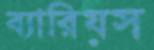
ব্যারিয়স